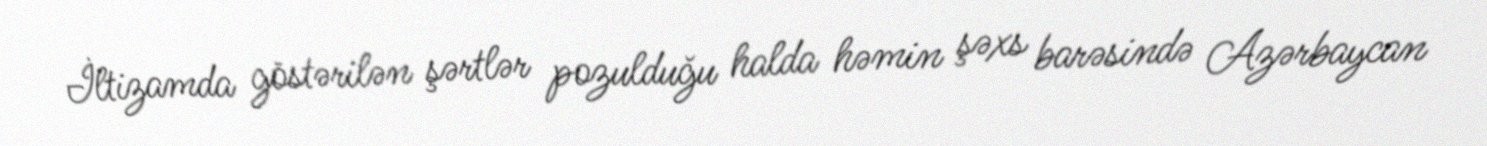
İltizamda göstərilən şərtlər pozulduğu halda həmin şəxs barəsində Azərbaycan